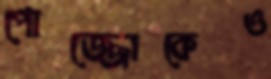
পোজ্জোকেও